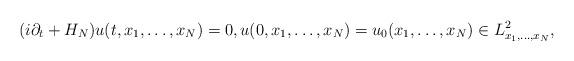
LaTeX: \begin{align*}(i \partial_t+H_N)u(t,x_1,\ldots,x_N)=0, u(0,x_1,\ldots,x_N)=u_0(x_1,\ldots,x_N) \in L^2_{x_1,\ldots,x_N} , \end{align*}